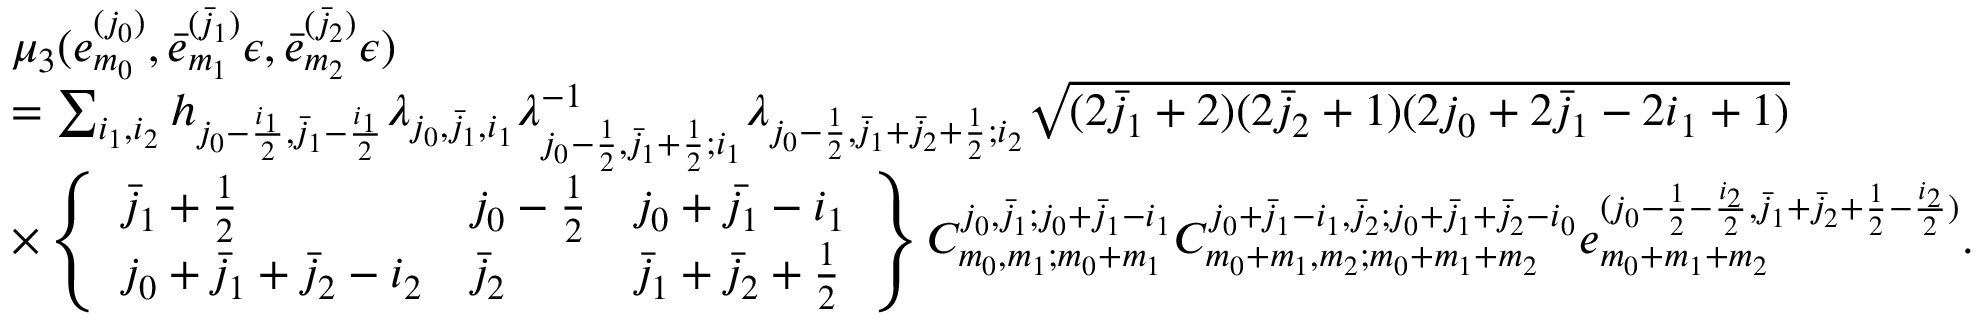
\begin{array} { r l } & { \mu _ { 3 } ( e _ { m _ { 0 } } ^ { ( j _ { 0 } ) } , \bar { e } _ { m _ { 1 } } ^ { ( \bar { j } _ { 1 } ) } \epsilon , \bar { e } _ { m _ { 2 } } ^ { ( \bar { j } _ { 2 } ) } \epsilon ) } \\ & { = \sum _ { i _ { 1 } , i _ { 2 } } h _ { j _ { 0 } - \frac { i _ { 1 } } { 2 } , \bar { j } _ { 1 } - \frac { i _ { 1 } } { 2 } } \lambda _ { j _ { 0 } , \bar { j } _ { 1 } , i _ { 1 } } \lambda _ { j _ { 0 } - \frac { 1 } { 2 } , \bar { j } _ { 1 } + \frac { 1 } { 2 } ; i _ { 1 } } ^ { - 1 } \lambda _ { j _ { 0 } - \frac { 1 } { 2 } , \bar { j } _ { 1 } + \bar { j } _ { 2 } + \frac { 1 } { 2 } ; i _ { 2 } } \sqrt { ( 2 \bar { j } _ { 1 } + 2 ) ( 2 \bar { j } _ { 2 } + 1 ) ( 2 j _ { 0 } + 2 \bar { j } _ { 1 } - 2 i _ { 1 } + 1 ) } } \\ & { \times \left\{ \begin{array} { l l l } { \bar { j } _ { 1 } + \frac { 1 } { 2 } } & { j _ { 0 } - \frac { 1 } { 2 } } & { j _ { 0 } + \bar { j _ { 1 } } - i _ { 1 } } \\ { j _ { 0 } + \bar { j } _ { 1 } + \bar { j } _ { 2 } - i _ { 2 } } & { \bar { j } _ { 2 } } & { \bar { j } _ { 1 } + \bar { j } _ { 2 } + \frac { 1 } { 2 } } \end{array} \right\} C _ { m _ { 0 } , m _ { 1 } ; m _ { 0 } + m _ { 1 } } ^ { j _ { 0 } , \bar { j } _ { 1 } ; j _ { 0 } + \bar { j } _ { 1 } - i _ { 1 } } C _ { m _ { 0 } + m _ { 1 } , m _ { 2 } ; m _ { 0 } + m _ { 1 } + m _ { 2 } } ^ { j _ { 0 } + \bar { j } _ { 1 } - i _ { 1 } , \bar { j } _ { 2 } ; j _ { 0 } + \bar { j } _ { 1 } + \bar { j } _ { 2 } - i _ { 0 } } e _ { m _ { 0 } + m _ { 1 } + m _ { 2 } } ^ { ( j _ { 0 } - \frac { 1 } { 2 } - \frac { i _ { 2 } } { 2 } , \bar { j } _ { 1 } + \bar { j } _ { 2 } + \frac { 1 } { 2 } - \frac { i _ { 2 } } { 2 } ) } . } \end{array}